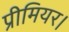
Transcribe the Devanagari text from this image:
प्रीमियर।